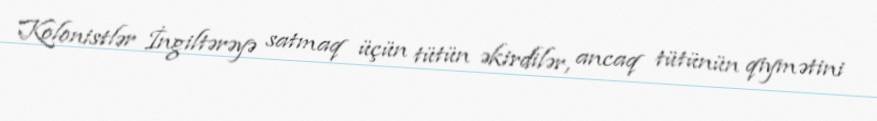
Kolonistlər İngiltərəyə satmaq üçün tütün əkirdilər, ancaq tütünün qiymətini